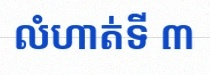
លំហាត់ទី ៣